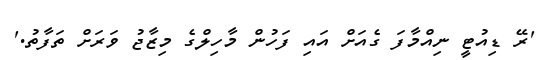
'ރޭ ޑިއުޓީ ނިއްމާފަ ގެއަށް އައި ފަހުން މާހިލްގެ މިޒާޖު ވަރަށް ތަފާތު.'